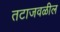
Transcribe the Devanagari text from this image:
तटाजवळील